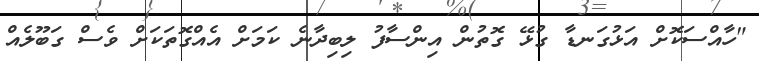
"ހާއްސަކޮށް އަޅުގަނޑާ ގުޅޭ ގޮތުން އިންސާފު ލިބިދާނެ ކަމަށް އެއްގޮތަކަށް ވެސް ގަބޫލެއް